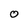
Character: O